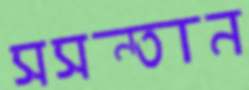
সসন্তান